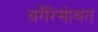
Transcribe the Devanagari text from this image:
वगैरेंसोबत